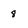
Character: 8